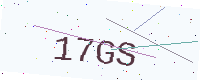
Text: 17GS